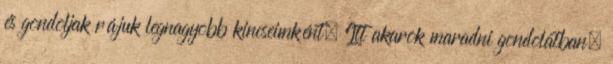
és gondoljak rájuk legnagyobb kincseimként. Itt akarok maradni gondolatban.